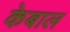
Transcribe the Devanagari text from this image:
केबाल